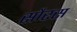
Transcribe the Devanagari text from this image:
सौरस